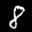
Label: 8